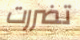
تضررت